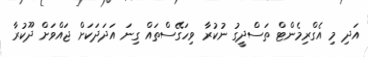
އަދި މި އެގްރިމެންޓް ތަސްދީގު ނުކުރާ ވިހަގޭސްތައް ގިނަ އަދަދަކަށް ޖައްވަށް ދޫކުރާ